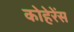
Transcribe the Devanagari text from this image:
कोहेरेंस